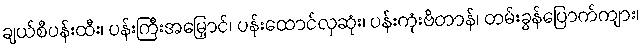
ချယ်စီပန်းထီး၊ ပန်းကြီးအမြှောင်၊ ပန်းထောင်လှဆုံး၊ ပန်းကုံးဗိတာန်၊ တမ်းခွန်ပြောက်ကျား၊